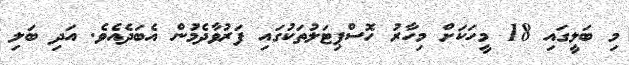
މި ބަލީގައި 18 މީހަކަށް މިހާރު ހޮސްޕިޓަލުތަކުގައި ފަރުވާދެމުން އެބަދެއެވެ. އަދި ބަލި